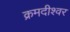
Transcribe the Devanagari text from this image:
क्रमदीश्वर